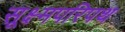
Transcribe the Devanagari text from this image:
सूक्ष्मपरिपथ